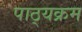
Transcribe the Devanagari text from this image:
पाठ्‍यक्रम